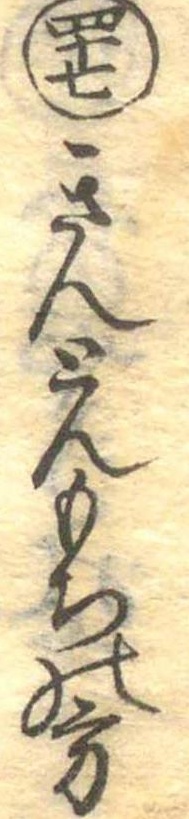
四十七きんとんもちの方